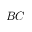
B C